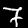
Digit: 7